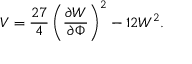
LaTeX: V = \frac { 2 7 } { 4 } \left( \frac { \partial W } { \partial \Phi } \right) ^ { 2 } - 1 2 W ^ { 2 } .